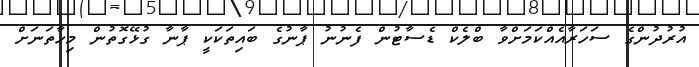
އުރުދުންގެ ސަހަރާއެއްކަމަށްވާ ބްލެކް ޑެސާޓުން ފެނުނު ޕާނުގެ ބައިތަކަކީ ޕާނާ ގުޅޭގޮތުން މިހާތަނަށް